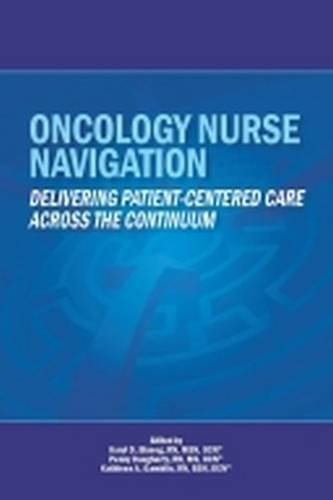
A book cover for Oncology Nurse Navigation: Delivering Patient-Centered Care Across the Continuum; Karyl D. Blaseg; Medical Books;